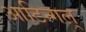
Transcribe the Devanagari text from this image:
आटिन्गल्